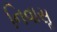
નિવાસૢ